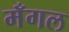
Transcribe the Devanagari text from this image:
मँगल